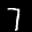
Label: 7